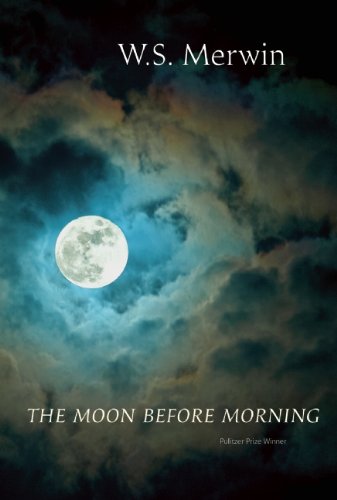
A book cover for The Moon before Morning; W. S. Merwin; Literature & Fiction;